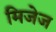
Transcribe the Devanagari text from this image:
मिजेज